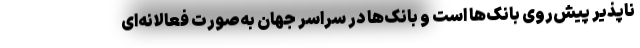
ناپذیر پیش‌روی بانک‌ها است و بانک‌ها در سراسر جهان به‌صورت فعالانه‌ای